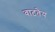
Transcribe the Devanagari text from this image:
वाटतेय